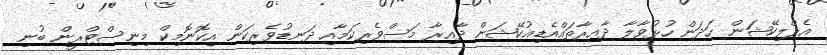
އެޕްލިކޭޝަން ހަދަން ހުޅުވާލާ ދާއިރާތައްއެޑިއުކޭޝަން ދާއިރާ މަސްވެރިކަމާއި ދަނޑުވެރިކަން އިކޮނޮމިކް މިނިސްޓްރީން ބުނި